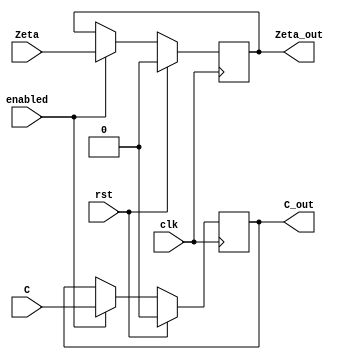
module Flags (input clk,enabled,rst,C,Zeta, output C_out,Zeta_out); 

  wire clk,enabled,rst,C,Zeta;    
  reg C_out=0;
  reg Zeta_out=0;

  always @ (posedge clk)
    begin
      if(rst) 
        begin        
          C_out <= 0;
          Zeta_out <= 0;
        end
      else if (enabled==1) 
        begin       
          C_out <=  C;
          Zeta_out <=  Zeta;
        end
    end

endmodule